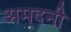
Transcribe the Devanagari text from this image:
अमदनी